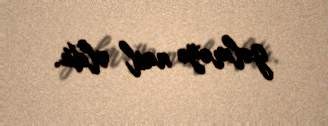
gəlməyə nail oldu.